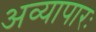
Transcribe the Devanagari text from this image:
अव्यापारः